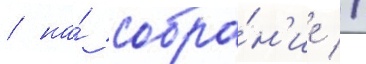
/ на́ собра́н'ие //